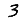
Digit: 3